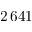
2 \, 6 4 1